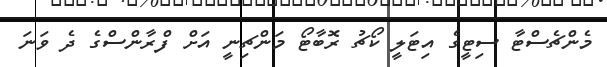
މެންޗެސްޓާ ސިޓީގެ އިޓަލީ ކޯޗު ރޮބާޓޯ މަންޗިނީ އަށް ފްރާންސްގެ ދެ ވަނަ